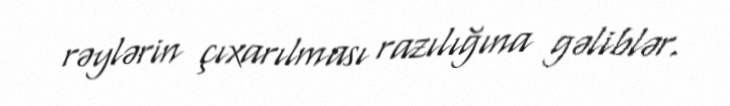
rəylərin çıxarılması razılığına gəliblər.